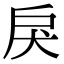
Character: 戾